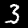
Digit: 3